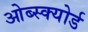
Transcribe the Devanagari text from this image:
ओब्स्क्योर्ड